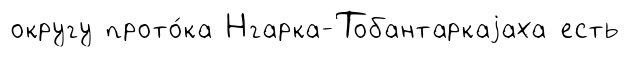
округу прото́ка Нгарка-Тобантаркаjаха есть